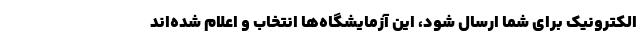
الکترونیک برای شما ارسال شود، این آزمایشگاه‌ها انتخاب و اعلام شده‌اند